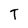
Character: T